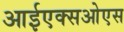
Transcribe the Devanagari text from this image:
आईएक्सओएस